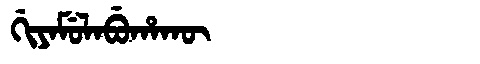
Manchu: ᡤᡳᠶᠠᠮᡠᠯᠠᠪᡠᡥᠠᡴᡡ
Romanization: GIYAMULABUHAKŪ